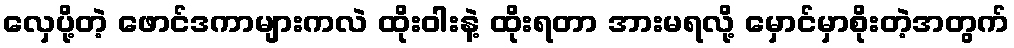
လှေပို့တဲ့ ဖောင်ဒကာများကလဲ ထိုးဝါးနဲ့ ထိုးရတာ အားမရလို့ မှောင်မှာစိုးတဲ့အတွက်